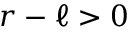
r - \ell > 0